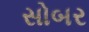
સોબર